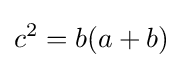
c^{2}=b(a+b)